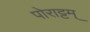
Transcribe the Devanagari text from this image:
पोराट्टम्